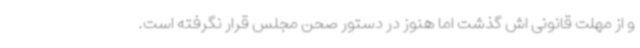
و از مهلت قانونی اش گذشت اما هنوز در دستور صحن مجلس قرار نگرفته است.